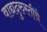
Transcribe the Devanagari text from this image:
वाद्यदुरुस्तीचे